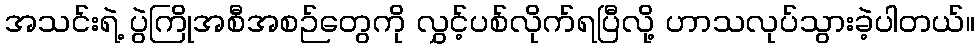
အသင်းရဲ့ ပွဲကြိုအစီအစဉ်တွေကို လွှင့်ပစ်လိုက်ရပြီလို့ ဟာသလုပ်သွားခဲ့ပါတယ်။